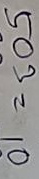
503 = 10